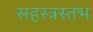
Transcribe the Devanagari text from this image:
सहस्त्रस्तंभ